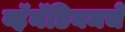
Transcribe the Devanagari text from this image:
व्हॅनॅडियमचे